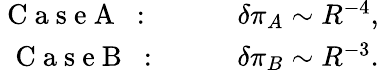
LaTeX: \begin{array}{rlr}{\mathrm{~C~a~s~e~A~}\mathrm{~:~\ \ \ }}&{{}}&{\delta\pi_{A}\sim R^{-4},}\\ {\mathrm{~C~a~s~e~B~}\mathrm{~:~\ \ }}&{{}}&{\delta\pi_{B}\sim R^{-3}.}\end{array}